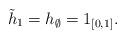
LaTeX: \begin{align*}\tilde h_1 = h_\emptyset = 1_{[0, 1]}.\end{align*}